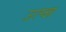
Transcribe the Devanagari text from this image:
उत्प्न्न